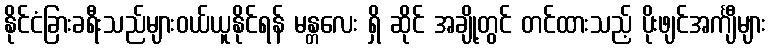
နိုင်ငံခြားခရီးသည်များဝယ်ယူနိုင်ရန် မန္တလေး ရှိ ဆိုင် အချို့တွင် တင်ထားသည့် ပိုးဖျင်အင်္ကျီများ